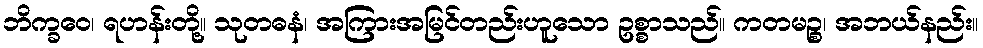
ဘိက္ခဝေ၊ ရဟန်းတို့။ သုတဓနံ၊ အကြားအမြင်တည်းဟူသော ဥစ္စာသည်။ ကတမဉ္စ၊ အဘယ်နည်း။